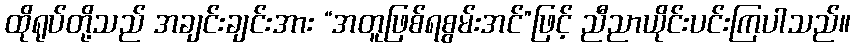
ထိုရုပ်တို့သည် အချင်းချင်းအား “အတူဖြစ်ရစွမ်းအင်”ဖြင့် ညီညာယိုင်းပင်းကြပါသည်။